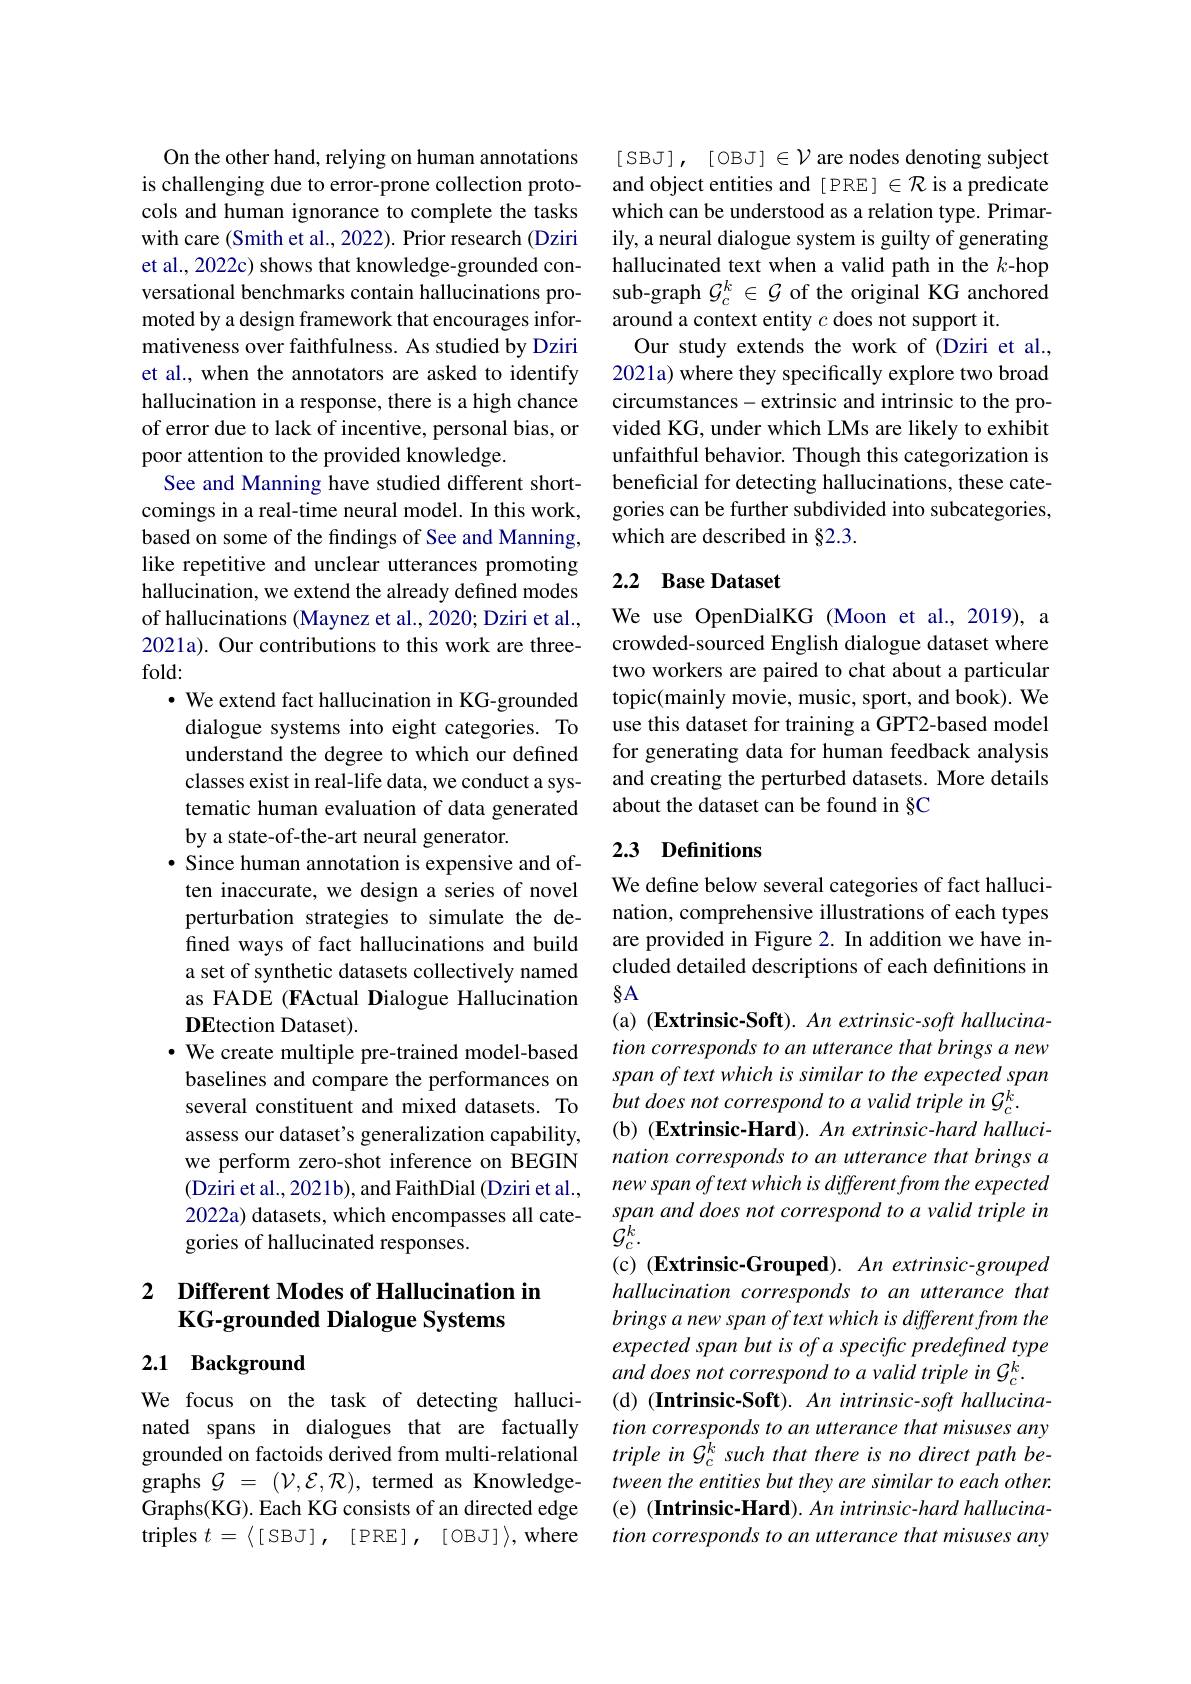
On the other hand, relying on human annotations is challenging due to error-prone collection protocols and human ignorance to complete the tasks with care (Smith et al., 2022). Prior research (Dziri et al., 2022c) shows that knowledge-grounded conversational benchmarks contain hallucinations promoted by a design framework that encourages informativeness over faithfulness. As studied by Dziri et al., when the annotators are asked to identify hallucination in a response, there is a high chance of error due to lack of incentive, personal bias, or poor attention to the provided knowledge.
See and Manning have studied different shortcomings in a real-time neural model. In this work, based on some of the findings of See and Manning, like repetitive and unclear utterances promoting hallucination, we extend the already defined modes of hallucinations (Maynez et al., 2020; Dziri et al., 2021a). Our contributions to this work are threefold:
· We extend fact hallucination in KG-grounded
dialogue systems into eight categories. To understand the degree to which our defined classes exist in real-life data, we conduct a systematic human evaluation of data generated by a state-of-the-art neural generator.
· Since human annotation is expensive and often inaccurate, we design a series of novel perturbation strategies to simulate the defined ways of fact hallucinations and build a set of synthetic datasets collectively named as FADE (FActual Dialogue Hallucination DEtection Dataset).
$\bullet$ We create multiple pre-trained model-based baselines and compare the performances on several constituent and mixed datasets. To assess our dataset's generalization capability, we perform zero-shot inference on BEGIN (Dziri et al., 2021b), and FaithDial (Dziri et al., 2022a) datasets, which encompasses all categories of hallucinated responses.

## 2 $\textbf{Different Modes of Hallucination im}$ KG-grounded Dialogue Systems

## 2.1 Background

We focus on the task of detecting hallucinated spans in dialogues that are factually grounded on factoids derived from multi-relational graphs $\mathcal{G}$ = $( \mathcal{V} , \mathcal{E} , \mathcal{R} ) $, termed as KnowledgeGraphs(KG). Each KG consists of an directed edge triples $t=\left\langle[\mathrm{SB}J]\:,\:[\mathrm{PRE}]\:,\:[\mathrm{OB}J]\:\right\rangle$, where

$[SBJ],[OBJ]\in\mathcal{V}$ are nodes denoting subject and object entities and [ PRE] $\in\mathcal{R}$ is a predicate which can be understood as a relation type. Primarily, a neural dialogue system is guilty of generating hallucinated text when a valid path in the $k$-hop sub-graph $\mathcal{G}_c^k\in\mathcal{G}$ of the original KG anchored around a context entity $c$ does not support it.
Our study extends the work of (Dziri et al., 2021a) where they specifically explore two broad circumstances-extrinsic and intrinsic to the provided KG, under which LMs are likely to exhibit unfaithful behavior. Though this categorization is beneficial for detecting hallucinations, these categories can be further subdivided into subcategories, which are described in §2.3.

## 2.2 Base Dataset

We use OpenDialKG (Moon et al.,2019), a crowded-sourced English dialogue dataset where two workers are paired to chat about a particular topic(mainly movie, music, sport, and book). We use this dataset for training a GPT2-based model for generating data for human feedback analysis and creating the perturbed datasets. More details about the dataset can be found in §C

## 2.3 Definitions

We define below several categories of fact hallucination, comprehensive illustrations of each types are provided in Figure 2. In addition we have included detailed descriptions of each definitions in $\S A$
(a) (Extrinsic-Soft). An extrinsic-soft hallucination corresponds to an utterance that brings a new span of text which is similar to the expected span but does not correspond to a valid triple in G c k
(b) (Extrinsic-Hard). An extrinsic-hard hallucination corresponds to an utterance that brings a new span of text which is different from the expected span and does not correspond to a valid triple in $\bar{\mathcal{G}}_{c}^{k}.$
(c) (Extrinsic-Grouped). An extrinsic-grouped hallucination corresponds to an utterance that brings a new span of text which is different from the expected span but is of a specific predefined type and does not correspond to a valid triple in G c k
(d) (Intrinsic-Soft). An intrinsic-soft hallucination corresponds to an utterance that misuses any triple in G$_c^k$ such that there is no direct path between the entities but they are similar to each other. (e) (Intrinsic-Hard). An intrinsic-hard hallucination corresponds to an utterance that misuses any